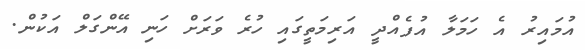
އުމައިރު އެ ހަމަލާ އުފެއްދީ އަރިމަތީގައި ހުރެ ވަރަށް ހަނި އޭންގަލް އަކުން.